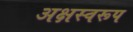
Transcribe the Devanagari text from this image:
अक्षस्वरूप